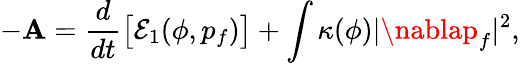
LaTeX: -\mathbf{A}=\frac{{d}}{{dt}}\big[\mathcal{E}_{1}(\phi,p_{f})\big]+\int\kappa(\phi)|\nablap_{f}|^{2},